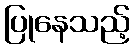
ပြုနေသည့်